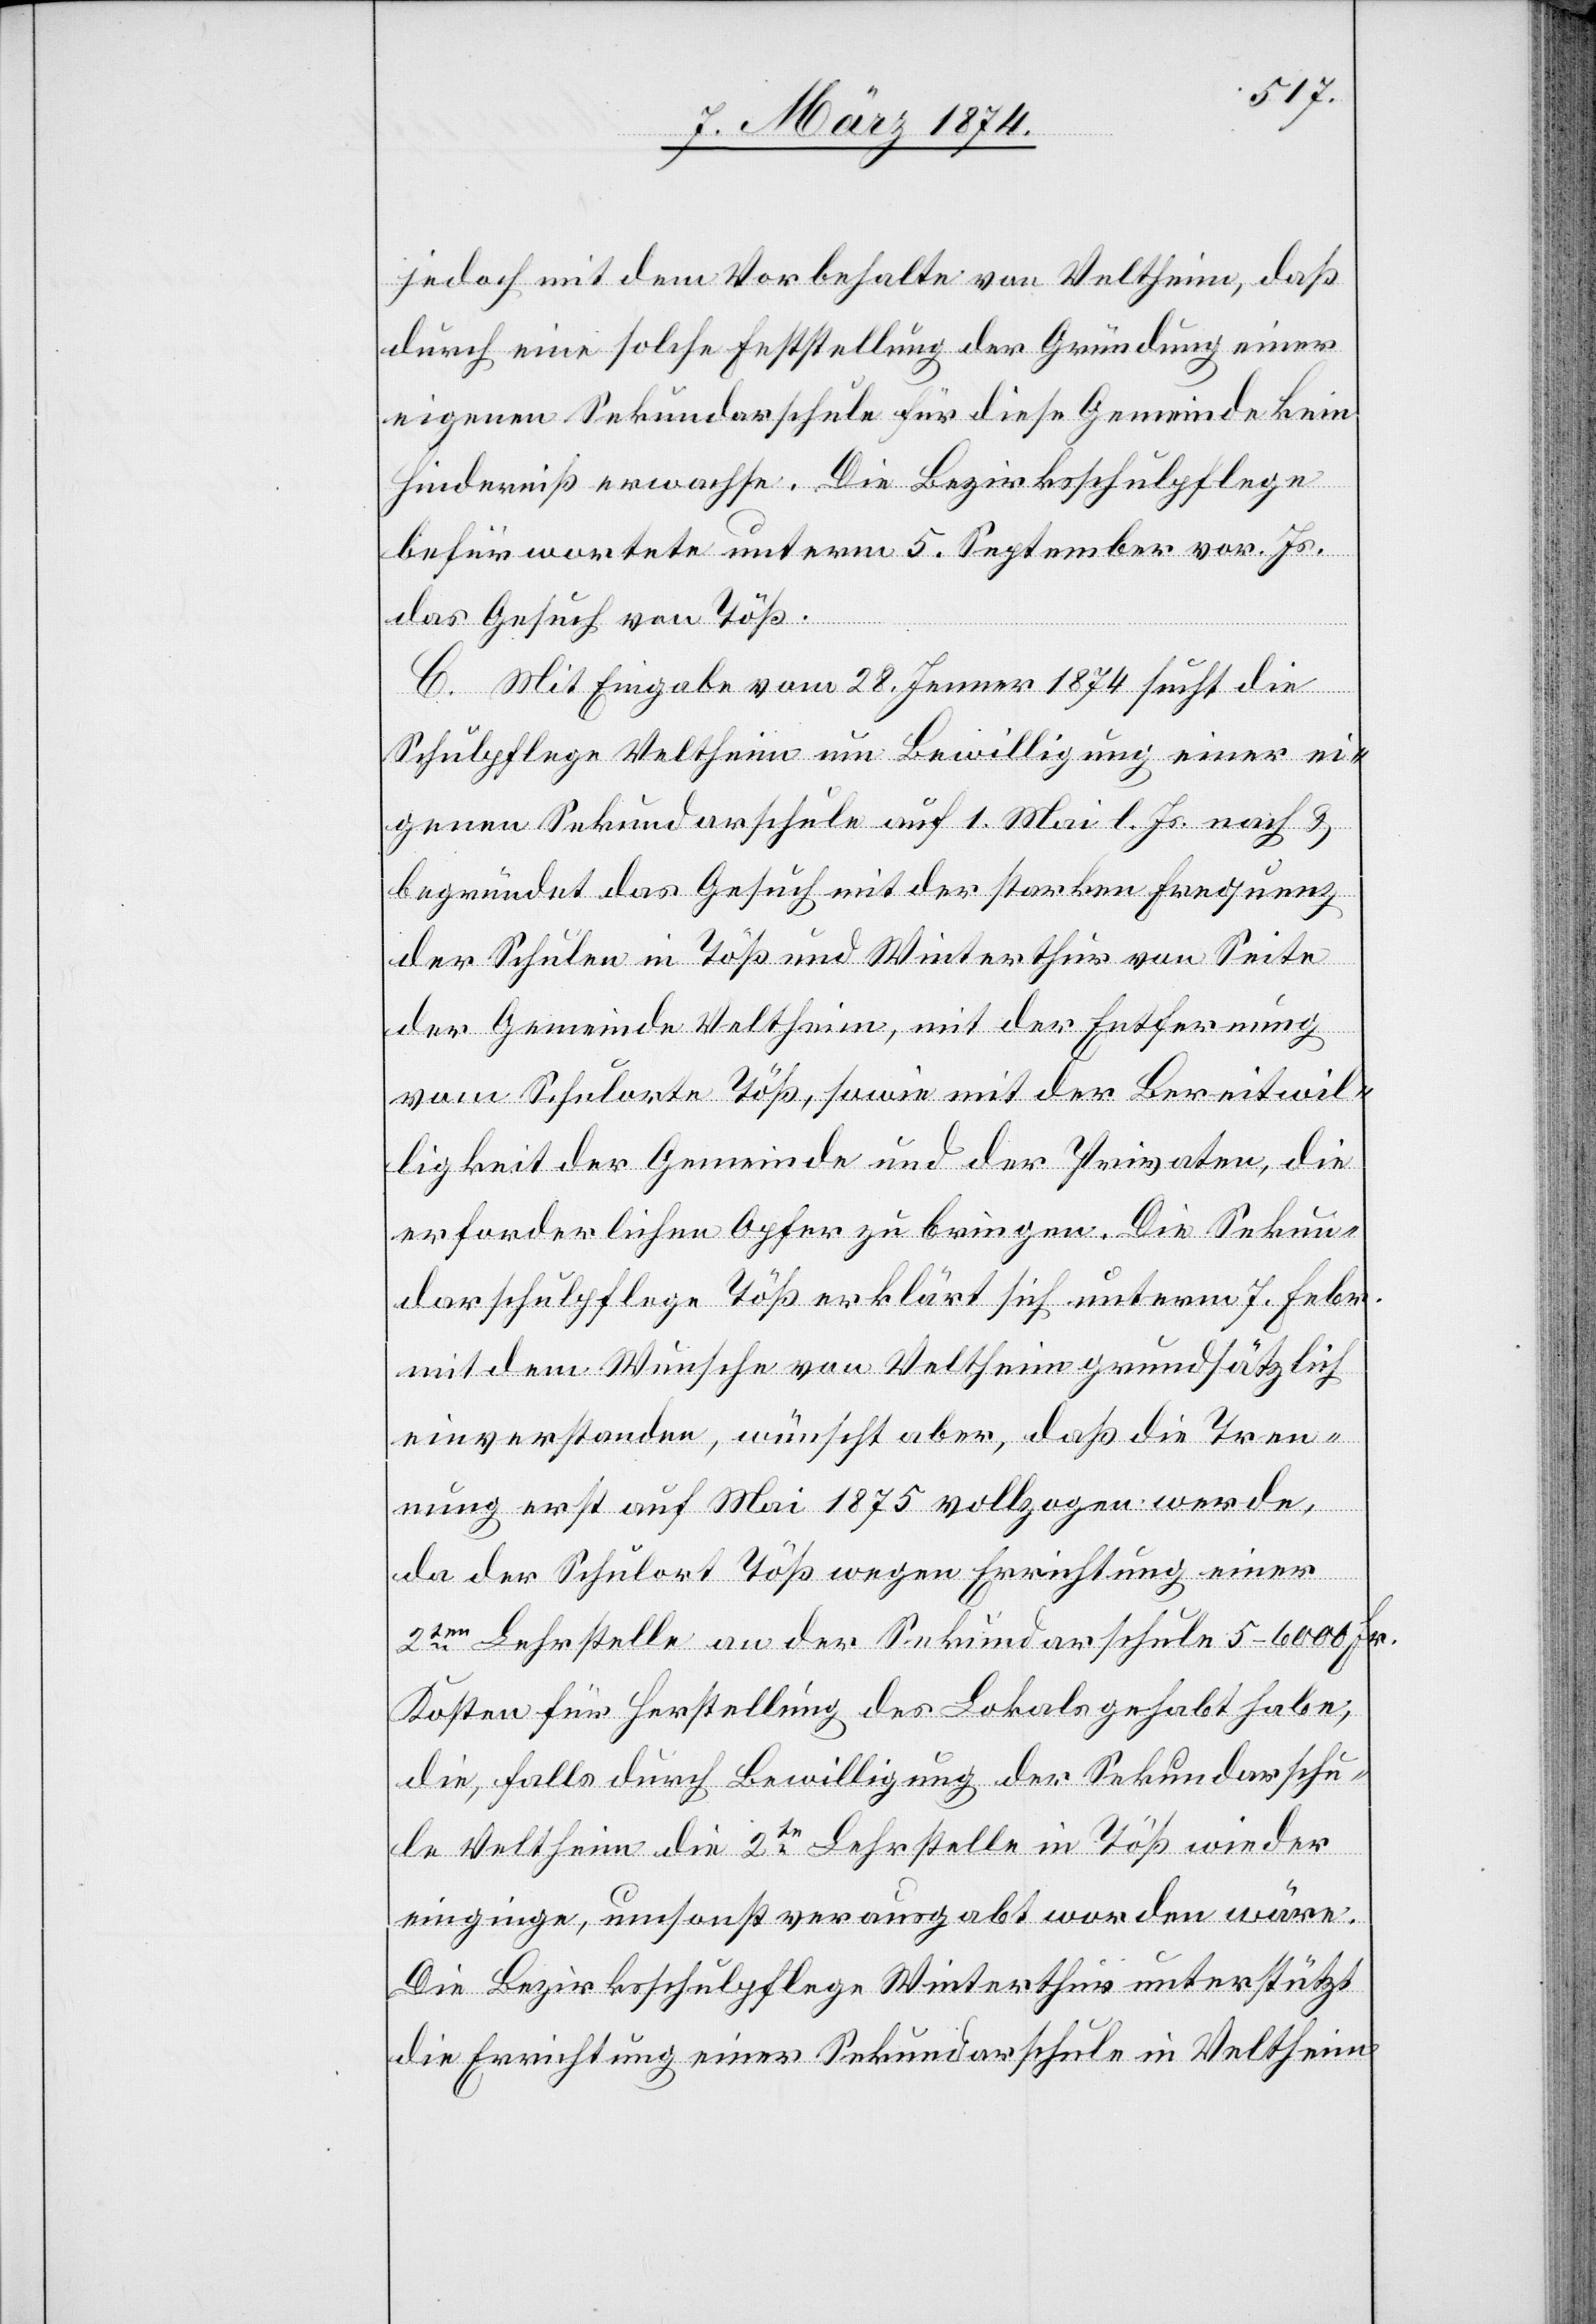
jedoch mit dem Vorbehalte von Veltheim, daß
durch eine solche Erststellung [sic!] der Gründung einer
eigenen Sekundarschule für diese Gemeinde kein
Hinderniß erwachse. Die Bezirksschulpflege
befürwortete unterm 5. September vor. Js.
das Gesuch von Töß.
C. Mit Eingabe vom 28. Jenner 1874 sucht die
Schulpflege Veltheim um Bewilligung einer ei¬
genen Sekundarschule auf 1. Mai l. Js. nach u.
begründet das Gesuch mit der starken Frequenz
der Schulen in Töß und Winterthur von Seite
der Gemeinde Veltheim, mit der Entfernung
vom Schulorte Töß, sowie mit der Bereitwil¬
ligkeit der Gemeinde und der Privaten, die
erforderlichen Opfer zu bringen. Die Sekun¬
darschulpflege Töß erklärt sich unterm 7. Febr.
mit dem Wunsche von Veltheim grundsätzlich
einverstanden, wünscht aber, daß die Tren¬
nung erst auf Mai 1875 vollzogen werde,
da der Schulort Töß wegen Errichtung einer
2ten Lehrstelle an der Sekundarschule 5–6000 Fr.
Kosten für Herstellung des Lokals gehabt habe,
die, falls durch Bewilligung der Sekundarschu¬
le Veltheim die 2te Lehrstelle in Töß wieder
einginge, umsonst verausgabt worden wäre.
Die Bezirksschulpflege Winterthur unterstützt
die Errichtung einer Sekundarschule in Veltheim.